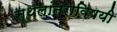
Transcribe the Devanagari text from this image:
स्थलांतराविषयी